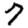
Digit: 7